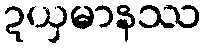
ဍယှမာနဿ